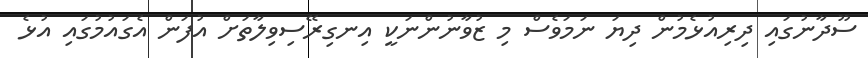
ސޫދާނުގައި ދިރިއުޅެމުން ދިޔަ ނަމަވެސް މި ޒުވާނުންނަކީ އިނގިރޭސިވިލާތަށް އުފަން އެގައުމުގައި އުޅެ